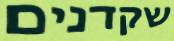
שקדנים